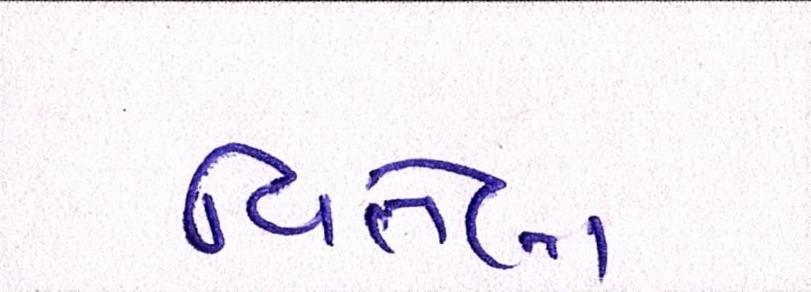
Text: વિતેલા